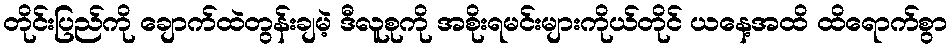
တိုင်းပြည်ကို ချောက်ထဲတွန်းချမဲ့ ဒီလူစုကို အစိုးရမင်းများကိုယ်တိုင် ယနေ့အထိ ထိရောက်စွာ